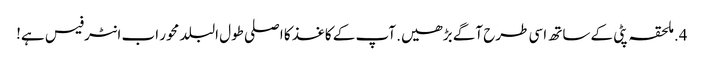
4. ملحقہ پٹی کے ساتھ اسی طرح آگے بڑھیں. آپ کے کاغذ کا اصلی طول البلد محور اب انٹرفیس ہے!